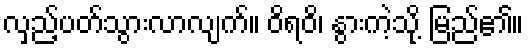
လှည့်ပတ်သွားလာလျက်။ ဝိရဝိ၊ နွားကဲ့သို့ မြည်၏။